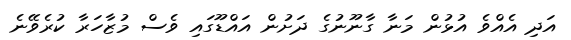
އަދި އެެއްވެ އުޅުން މަނާ ގާނޫނުގެ ދަށުން އައްޑޫގައި ވެސް މުޒާހަރާ ކުރެވޭނެ